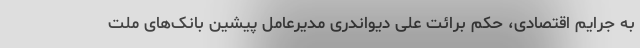
به جرایم اقتصادی، حکم برائت علی دیواندری مدیرعامل پیشین بانک‌های ملت